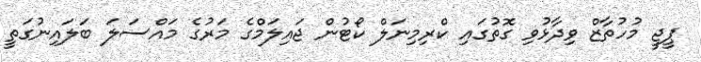
ޕީޖީ މުހުތާޒް ވިދާޅުވި ގޮތުގައި ކްރިމިނަލް ކޯޓުން ޖައިލަމްގެ މަރުގެ މައްސަލަ ބަލައިނުގަތީ